Leaving Certificate Examination (including Day School Certificate (Higher) General paper), 1929
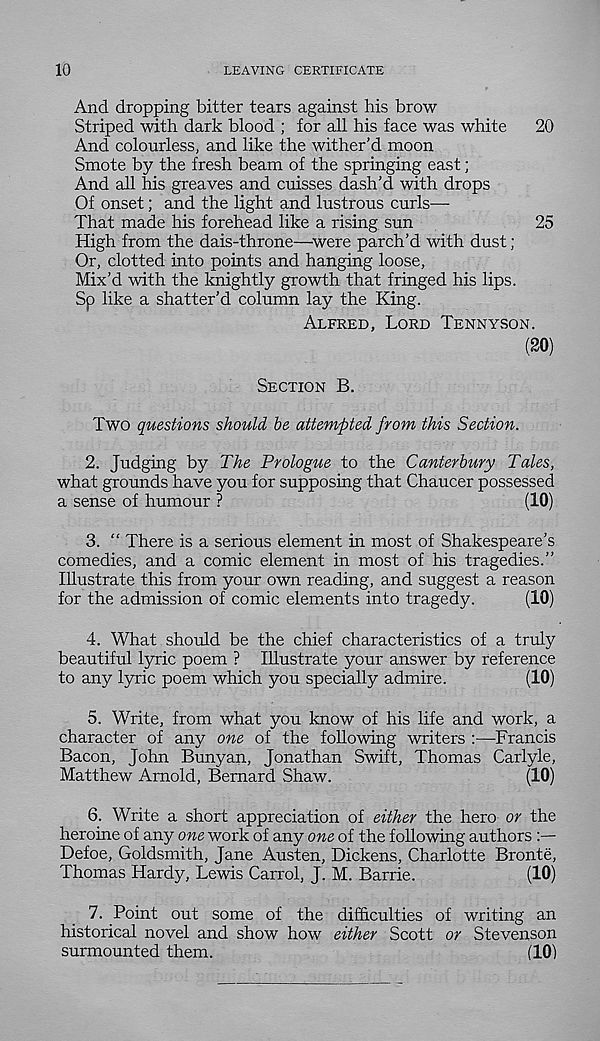
10
LEAVING CERTIFICATE
And dropping bitter tears against his brow
Striped with dark blood ; for all his face was white 20
And colourless, and like the wither’d moon
Smote by the fresh beam of the springing east;
And all his greaves and cuisses dash’d with drops
Of onset; and the light and lustrous curls—
That made his forehead like a rising sun
25
High from the dais-throne—were parch’d with dust ;
Or, clotted into points and hanging loose.
Mix’d with the knightly growth that fringed his lips.
Sp like a shatter’d column lay the King.
ALFRED, LORD TENNYSON.
(20)
SECTION B.
Two questions should be attempted from this Section.
2. Judging by The Prologue to the Canterbury Tales,
what grounds have you for supposing that Chaucer possessed
a sense of humour ?
(10)
3. “ There is a serious element in most of Shakespeare’s
comedies, and a comic element in most of his tragedies.”
Illustrate this from your own reading, and suggest a reason
for the admission of comic elements into tragedy.
(10)
4. What should be the chief characteristics of a truly
beautiful lyric poem ? Illustrate your answer by reference
to any lyric poem which you specially admire.
(10)
5. Write, from what you know of his life and work, a
character of any one of the following writers :—Francis
Bacon, John Bunyan, Jonathan Swift, Thomas Carlyle,
Matthew Arnold, Bernard Shaw.
(10)
6. Write a short appreciation of either the hero or the
heroine of any one work of any one of the following authors
Defoe, Goldsmith, Jane Austen, Dickens, Charlotte Bronte,
Thomas Hardy, Lewis Carrol, J. M. Barrie.
(10)
7. Point out some of the difficulties of writing an
historical novel and show how either Scott or Stevenson
surmounted them.
(10)